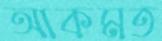
আকমত